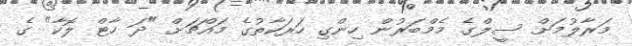
މަރާލުމަށް ސީލްގެ މެމްބަރުން ހިންގި ހަރަކާތުގެ މައްޗަށް "ދަ ހާޓް ލޮކާ" ގެ